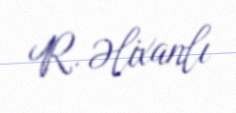
R. Əlixanlı